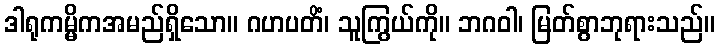
ဒါရုကမ္မိကအမည်ရှိသော။ ဂဟပတိံ၊ သူကြွယ်ကို။ ဘဂဝါ၊ မြတ်စွာဘုရားသည်။